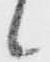
候